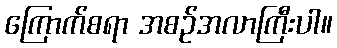
ကြောက်စရာ အစဉ်အလာကြီးပါ။